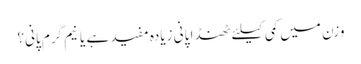
وزن میں کمی کیلئے ٹھنڈا پانی زیادہ مفید ہے یا نیم گرم پانی؟